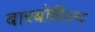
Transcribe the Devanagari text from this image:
बारबोरिज्म